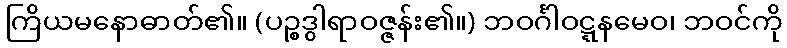
ကြိယမနောဓာတ်၏။ (ပဉ္စဒွါရာဝဇ္ဇန်း၏။) ဘဝင်္ဂါဝဋ္ဋနမေဝ၊ ဘဝင်ကို